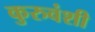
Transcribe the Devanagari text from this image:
कुरुवंशी